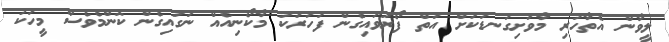
ލީވާން އެތާހުރި މާވަށިގަނޑަކަށް އަތް ފޯރުވައިގެން ފަހަރަކު މާކޯނިއެއް ނަގައިގެން ކޮންމެވެސް މީހަކު